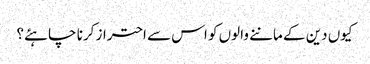
کیوں دین کے ماننے والوں کو اس سے احتراز کرنا چاہئے؟